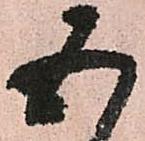
五